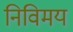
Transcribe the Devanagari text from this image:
निविमय